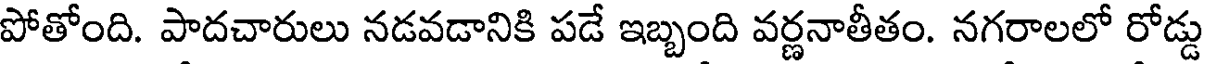
పోతోంది. పాదచారులు నడవడానికి పడే ఇబ్బంది వర్ణనాతీతం. నగరాలలో రోడ్డు